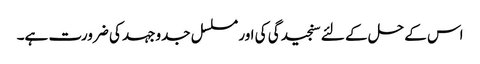
اس کے حل کے لئے سنجیدگی کی اور مسلسل جدوجہد کی ضرورت ہے۔